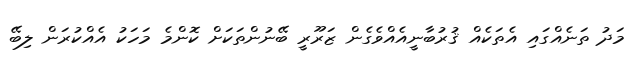
މަދު ތަނެއްގައި އެތަކެއް ޤުރުބާނީއެއްވެގެން ޒަރޫރީ ބޭނުންތަކަށް ކޮންމެ މަހަކު އެއްކުރަން ލިބޭ